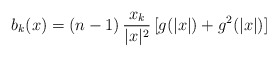
\begin{align*} b_k(x) =(n-1)\,\frac{x_k}{|x|^2} \,[g(|x|)+g^2(|x|)] \end{align*}